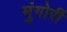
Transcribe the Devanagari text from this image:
मुंगोरीं